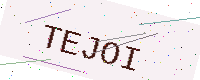
Text: TEJOI